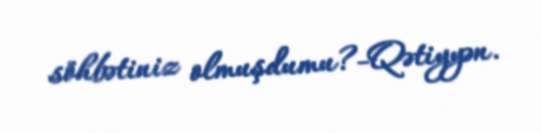
söhbətiniz olmuşdumu?-Qətiyyən.